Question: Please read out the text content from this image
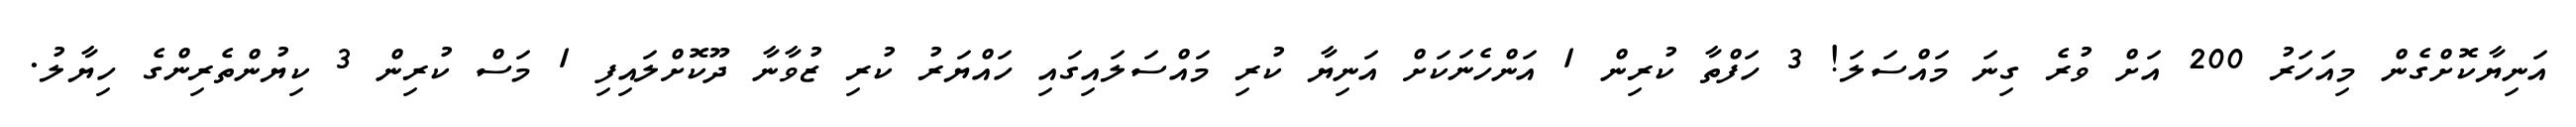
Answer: އަނިޔާކޮށްގެން މިއަހަރު 200 އަށް ވުރެ ގިނަ މައްސަލަ! 3 ހަފްތާ ކުރިން 1 އަންހެނަކަށް އަނިޔާ ކުރި މައްސަލައިގައި ހައްޔަރު ކުރި ޒުވާނާ ދޫކޮށްލައިފި 1 މަސް ކުރިން 3 ކިޔުންތެރިންގެ ހިޔާލު.